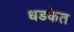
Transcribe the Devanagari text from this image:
धडकेत